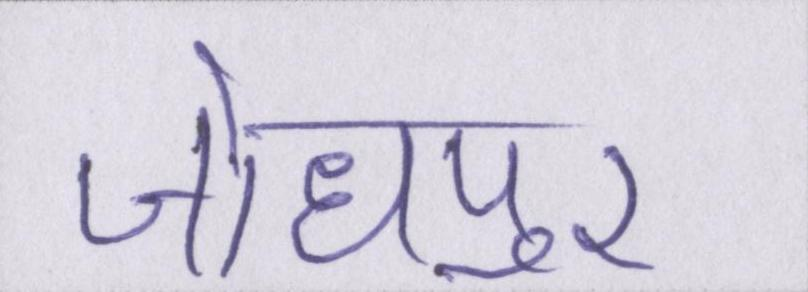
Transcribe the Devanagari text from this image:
जोधपुर